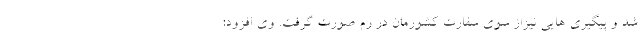
شد و پیگیری هایی نیزاز سوی سفارت کشورمان در رم صورت گرفت. وی افزود: